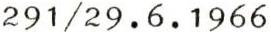
291/29.6.1966